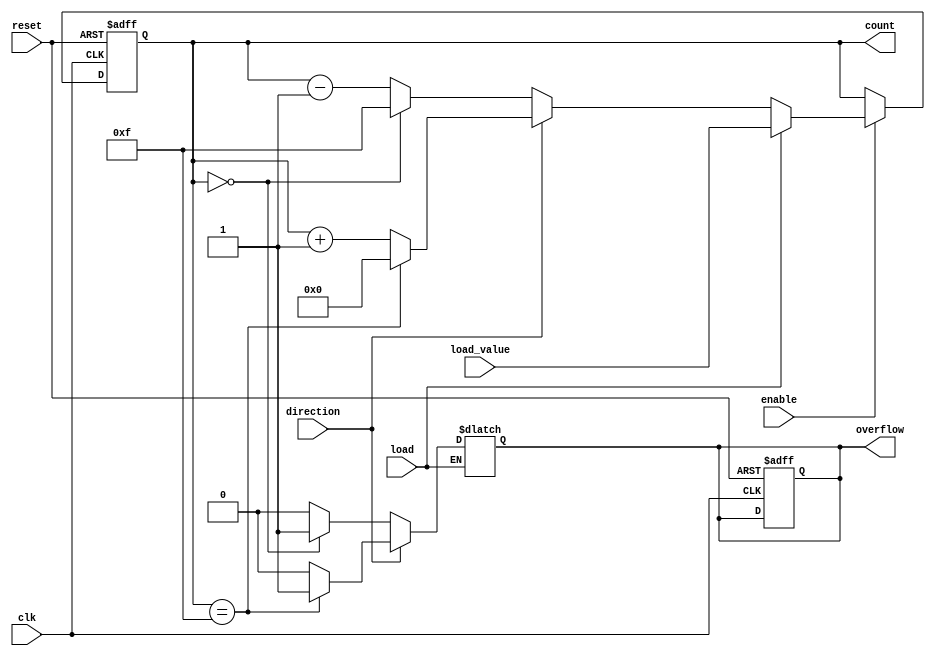
module SynchronousCounter (
    input wire clk,        // Clock input
    input wire reset,      // Asynchronous reset
    input wire enable,     // Enable signal
    input wire load,       // Load signal
    input wire [3:0] load_value, // Value to load into the counter
    input wire direction,   // Direction signal: 1 for up, 0 for down
    output reg [3:0] count, // 4-bit count output
    output reg overflow     // Overflow signal
);

    // Internal signals
    reg [3:0] next_count;

    // Asynchronous reset
    always @(posedge clk or posedge reset) begin
        if (reset) begin
            count <= 4'b0000; // Reset count to zero
            overflow <= 0; // Clear overflow flag
        end else if (enable) begin
            count <= next_count; // Update count with next_count
        end
    end

    // Next count logic
    always @(*) begin
        if (load) begin
            next_count = load_value; // Load predefined value
        end else if (direction) begin
            // Count up
            if (count == 4'b1111) begin
                next_count = 4'b0000; // Wrap around on overflow
                overflow = 1; // Set overflow flag
            end else begin
                next_count = count + 1'b1; // Increment count
                overflow = 0; // Clear overflow flag
            end
        end else begin
            // Count down
            if (count == 4'b0000) begin
                next_count = 4'b1111; // Wrap around on underflow
                overflow = 1; // Set overflow flag
            end else begin
                next_count = count - 1'b1; // Decrement count
                overflow = 0; // Clear overflow flag
            end
        end
    end

endmodule